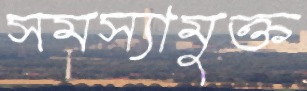
সমস্যামুক্ত